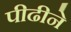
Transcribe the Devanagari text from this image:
पीढीने